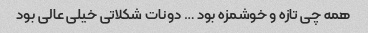
همه چی تازه و خوشمزه بود … دونات شکلاتی خیلی عالی بود